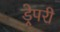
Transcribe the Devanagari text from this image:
ड्रेपरी